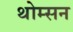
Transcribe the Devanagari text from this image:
थोम्सन